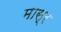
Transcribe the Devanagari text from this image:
मास्र